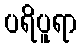
ပရိပူရာ